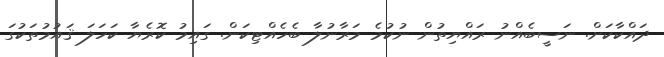
ދައްކާކަށް. ނަސީބެއްނު ރައްޔިތުން ނުކުމެ މަރާނުލާ ބެހެއްޓިކަން. ގައިމު ކޮރެޔާ ކަހަލަ ޤައުމުތަކުގަ